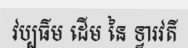
វប្បធ៌ម ដើម នៃ ទ្វារវតី